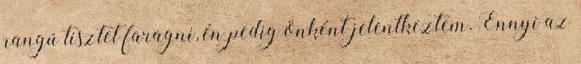
rangú tisztet faragni, én pedig önként jelentkeztem. Ennyi az